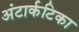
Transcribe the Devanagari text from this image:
अंटार्कटिका